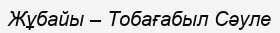
Жұбайы – Тобағабыл Сәуле